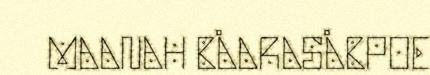
MAANAH BÅARASÅBPOE